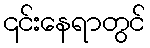
၎င်းနေရာတွင်